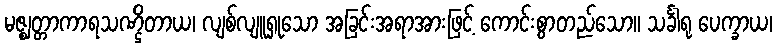
မဇ္ဈတ္တာကာရသဏ္ဌိတာယ၊ လျစ်လျူရှုသော အခြင်းအရာအားဖြင့် ကောင်းစွာတည်သော။ သင်္ခါရု ပေက္ခာယ၊